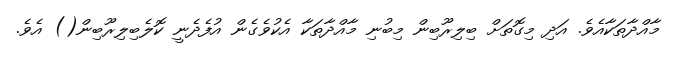
މާއްދާތަކާއެވެ. އަދި މިގޮތަށް ބިލިރޫބިން މިބުނި މާއްދާތަކާ އެކުވެގެން އުފެދެނީ ކޮލެބިލިރޫބިން() އެވެ.